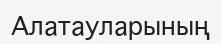
Алатауларының